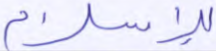
للإسلام